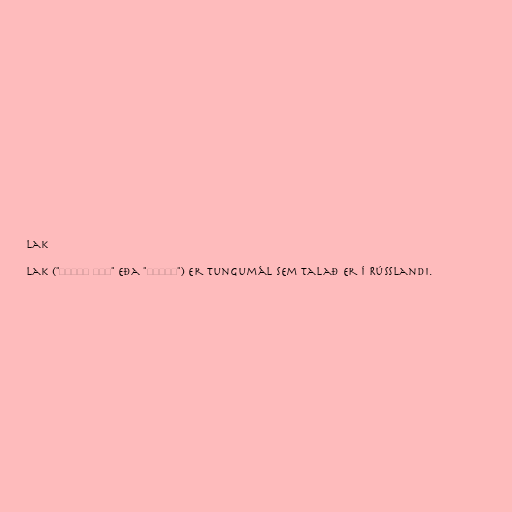
Lak

Lak ("лакку маз" eða "лакку") er tungumál sem talað er í Rússlandi.